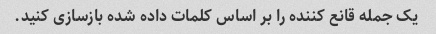
یک جمله قانع کننده را بر اساس کلمات داده شده بازسازی کنید.